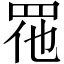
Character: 𱲬